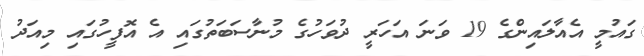
ގައުމީ އެއާލައިންގެ 19 ވަނަ އަހަރީ ދުވަހުގެ މުނާސަބަތުގައި އެ އޮފީހުގައި މިއަދު